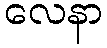
လေနာ